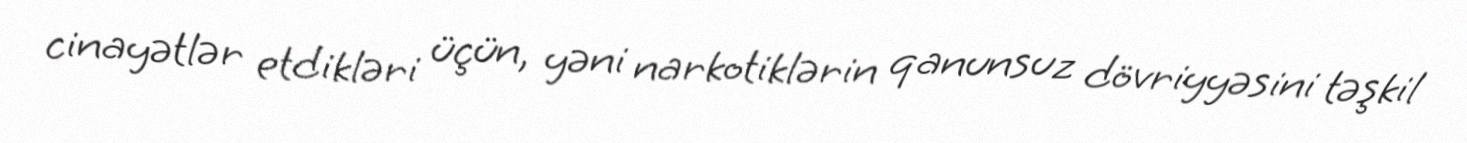
cinayətlər etdikləri üçün, yəni narkotiklərin qanunsuz dövriyyəsini təşkil